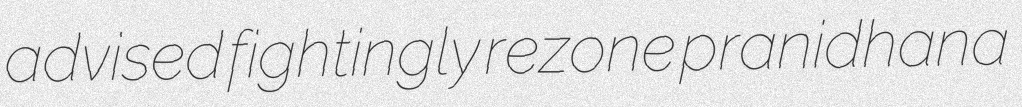
advised fightingly rezone pranidhana